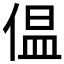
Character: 𪝑